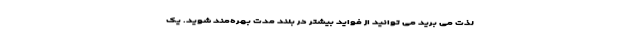
لذت می برید می توانید از فواید بیشتر در بلند مدت بهره‌مند شوید. یک